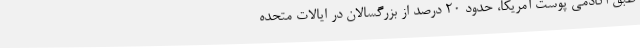
طبق آکادمی پوست آمریکا، حدود 20 درصد از بزرگسالان در ایالات متحده